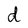
Character: d